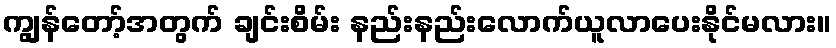
ကျွန်တော့်အတွက် ချင်းစိမ်း နည်းနည်းလောက်ယူလာပေးနိုင်မလား။